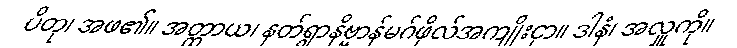
ပိတု၊ အဖ၏။ အတ္ထာယ၊ နတ်ရွာနိဗ္ဗာန်မဂ်ဖိုလ်အကျိုးငှာ။ ဒါနံ၊ အလှူကို။